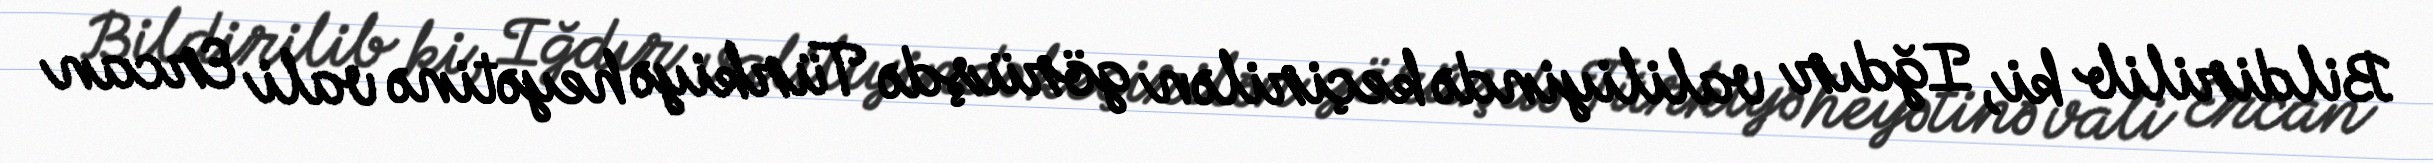
Bildirilib ki, Iğdır valiliyində keçirilən görüşdə Türkiyə heyətinə vali Ercan